Indian journal of veterinary science and animal husbandry - Volume 1,
Year: 1931
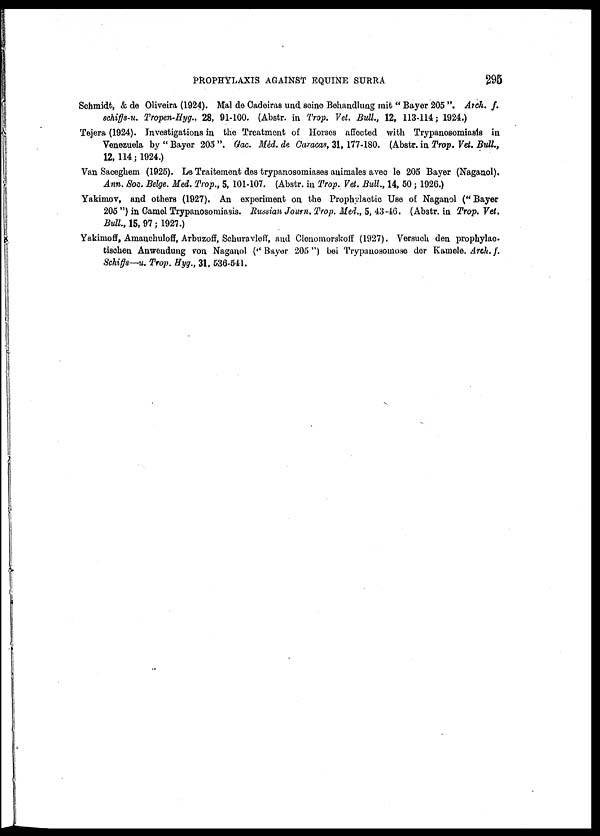
PROPHYLAXIS AGAINST EQUINE SURRA
295
Schmidt, & de Oliveira (1924). Mal do Cadeiras and scine Behandlung mit " Bayer 205 ". Arch. f.
schiffs-u. Tropen-Hyg., 28, 91-100. (Abstr. in Trop. Vet. Bull., 12, 113-114; 1924.)
Tejera (1924). Investigations in the Treatment of Horses affected with Trypanosomiasis in
Venezuela by " Bayer 205 ". Gac. Méd. de Caracas, 31, 177-180. (Abstr. in Trop. Vet. Bull.,
12, 114; 1924.)
Van Saceghem (1925). Le Traitement des trypanosomiases animales avec le 205 Bayer (Naganol).
Ann. Soc. Belge. Med. Trop., 5, 101-107. (Abstr. in Trop. Vet. Bull., 14, 50; 1926.)
Yakimov, and others (1927). An experiment on the Prophylactic Use of Naganol (" Bayer
205 ") in Camel Trypanosomiasis. Russian Journ. Trop. Med., 5, 43-46. (Abstr. in Trop. Vet.
Bull, 15, 97; 1927.)
Yakinoff, Amanchuloff, Arbuzoff, Schuravleff, and Clenomorskoff (1927). Versuch den prophylac¬
tischen Anwendung von Naganol (''Bayer 205") bei Trypanosomose der Kamele. Arch.f.
Schiffs—u. Trop. Hyg., 31, 536-541.